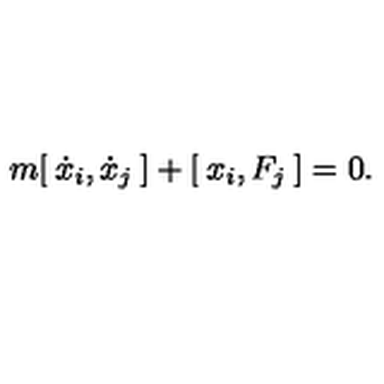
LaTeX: m [ \: \dot { x } _ { i } , \dot { x } _ { j } \: ] + [ \: x _ { i } , F _ { j } \: ] = 0 .